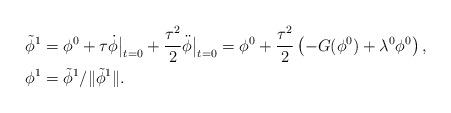
LaTeX: \begin{align*}& \tilde{\phi}^1=\phi^0+\tau\dot{\phi}\big|_{t=0}+\frac{\tau^2}{2}\ddot{\phi}\big|_{t=0} =\phi^0+\frac{\tau^2}{2}\left(-G(\phi^0)+\lambda^0\phi^0\right),\\ & \phi^1=\tilde{\phi}^1/\|\tilde{\phi}^1\|.\end{align*}